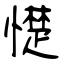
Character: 憷